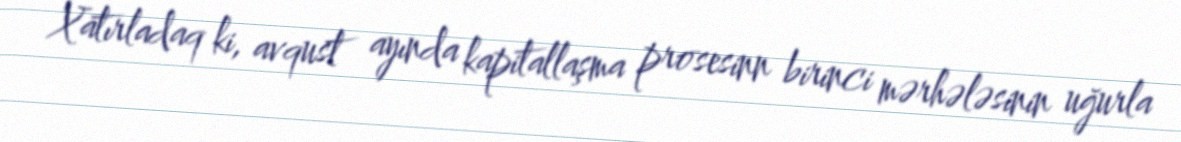
Xatırladaq ki, avqust ayında kapitallaşma prosesinn birinci mərhələsinin uğurla